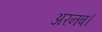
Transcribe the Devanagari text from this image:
अरनब।